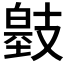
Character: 𢻞